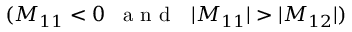
( M _ { 1 1 } < 0 \, ~ \mathrm { ~ a ~ n ~ d ~ ~ ~ } | M _ { 1 1 } | > | M _ { 1 2 } | )